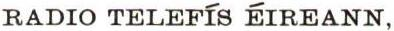
RADIO TELEFÍS ÉIREANN,